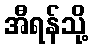
အီရန်သို့